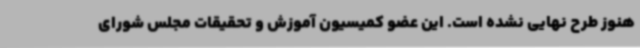
هنوز طرح نهایی نشده است. این عضو کمیسیون ‌آموزش و تحقیقات مجلس شورای